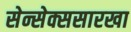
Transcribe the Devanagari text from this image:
सेन्सेक्ससारखा